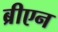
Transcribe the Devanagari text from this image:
ब्रीएन